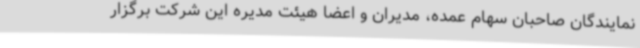
نمایندگان صاحبان سهام عمده، مدیران و اعضا هیئت مدیره این شرکت برگزار